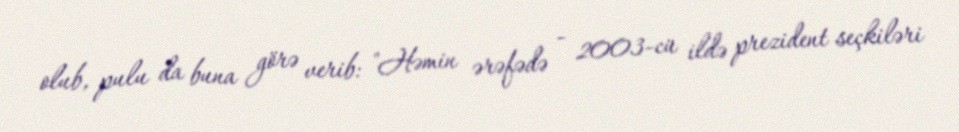
olub, pulu da buna görə verib: "Həmin ərəfədə - 2003-cü ildə prezident seçkiləri